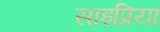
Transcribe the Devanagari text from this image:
साइप्रिया